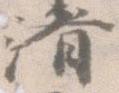
済